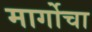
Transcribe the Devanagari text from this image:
मार्गोचा